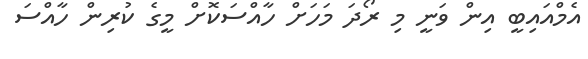
އެމްއައިބީ އިން ވަނީ މި ރޯދަ މަހަށް ހާއްސަކޮށް މީގެ ކުރިން ހާއްސަ